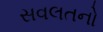
સવલતનો